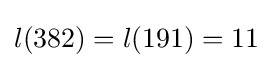
l(382)=l(191)=11